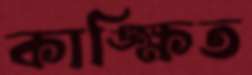
কাঙ্ক্ষিত